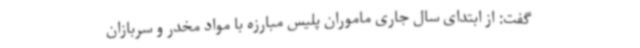
گفت: از ابتدای سال جاری ماموران پلیس مبارزه با مواد مخدر و سربازان